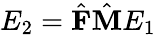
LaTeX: E_{2}=\hat{\textbf{F}}\hat{\textbf{M}}E_{1}